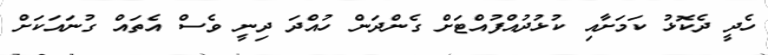
ހެދީ ދެކޮޅު ކަމަށާއި ކުޅުދުއްފުއްޓަށް ގެންދަން ހުއްދަ ދިނީ ވެސް އެތައް ގުނައަކަށް